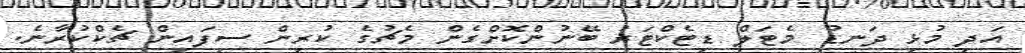
އަދި މުޅި ދަނޑު މެޓަލް ޑިޓެކްޓަރު ބޭނުންކޮށްގެން މެޗުގެ ކުރިން ސިފައިން ޗެކްކުރާނެ.